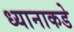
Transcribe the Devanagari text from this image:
ध्यानाकडे